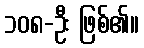
၁၀၈-ဦး ဖြစ်၏။